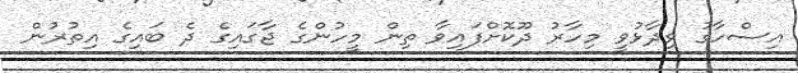
އިސްހާގު ވިދާޅުވީ މިހާރު ދޫކޮށްފައިވާ ތިން މީހުންގެ ޖާގައިގެ ދެ ބައިގެ އިތުރުން